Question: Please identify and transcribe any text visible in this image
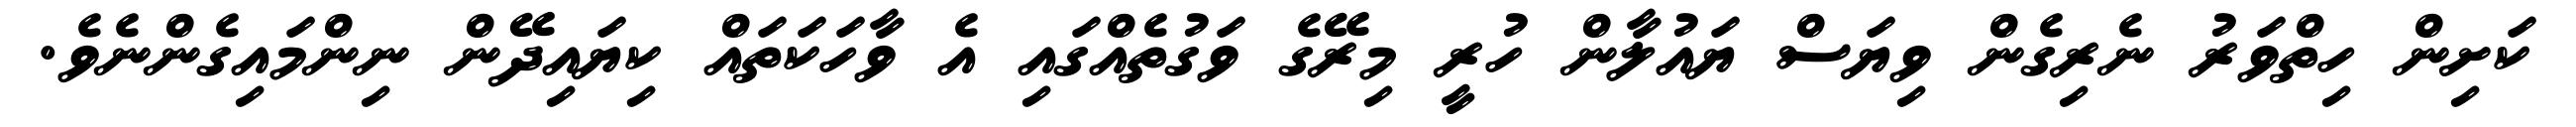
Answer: ކަށިން ހިތްވަރު ނެރިގެން ވިޔަސް ޔައުލާން ހުރީ މިރޭގެ ވަގުތެއްގައި އެ ވާހަކަތައް ކިޔައިދޭން ނިންމައިގެންނެވެ.